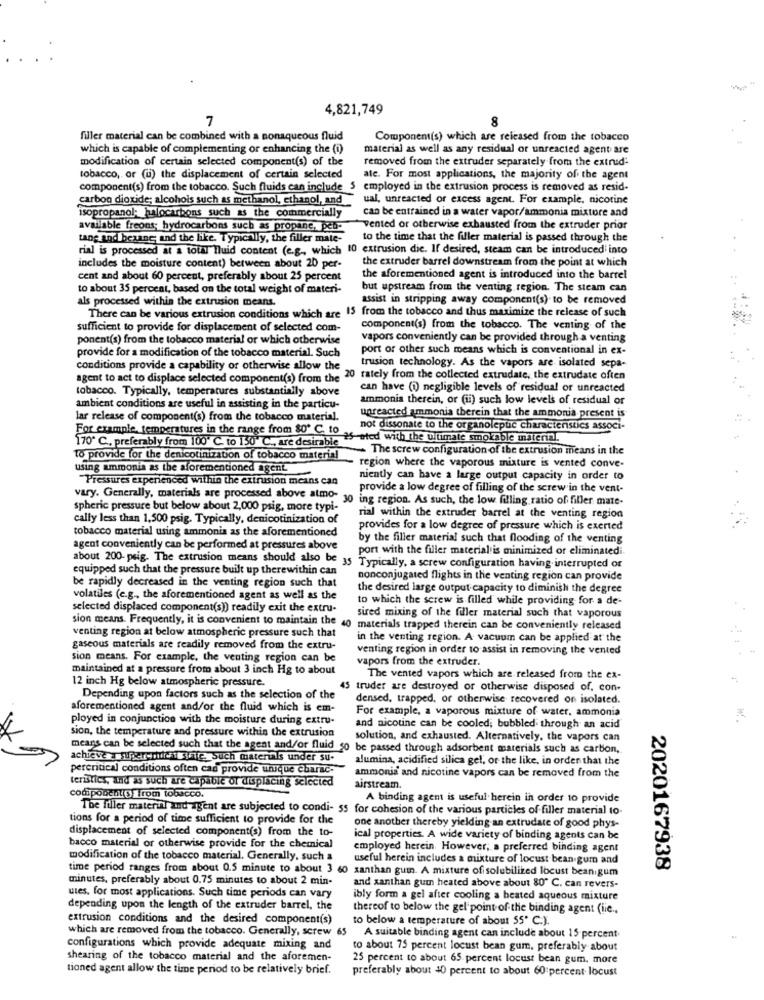
4,821,749
7
8
filler material can be combined with a nonaqueous fluid
Component(s) which are released from the tobacco
which is capable of complementing or enhancing the (i)
material as well as any residual or unreacted agent are
modification of certain selected component(s) of the
removed from the extruder separately from the extrud-
tobacco, or (u) the displacement of certain selected
ate. For most applications, the majority of the agent
component(s) from the tobacco. Such fluids can include $
employed in the extrusion process is removed as resid-
carbon dioxide; alcohols such as methanol, ethanol, and
ual, unreacted or excess agent. For example, nicotine
can be entrained in a water vapor/ammonia mixture and
isopropanol; halocarbons such as the commercially
available freons; hydrocarbons such as propane, peb-
vented or otherwise exhausted from the extruder prior
tang and bezane; and the like. Typically, the filler mate-
to the time that the filler material is passed through the
rial is processed at a total fluid content (e.g ., which 10 extrusion die. If desired, steam can be introduced into
the extruder barrel downstream from the point at which
includes the moisture content) between about 20 per-
cent and about 60 percent, preferably about 25 percent
the aforementioned agent is introduced into the barrel
to about 35 percent, based on the total weight of materi-
but upstream from the venting region. The steam can
als processed within the extrusion means.
assist in stripping away component(s) to be removed
There can be various extrusion conditions which are 15 from the tobacco and thus maximize the release of such
sufficient to provide for displacement of selected com-
component(s) from the tobacco. The venting of the
ponent(s) from the tobacco material or which otherwise
vapors conveniently can be provided through a venting
provide for a modification of the tobacco material. Such
port or other such means which is conventional in ex-
conditions provide a capability or otherwise allow the
trusion technology. As the vapors are isolated sepa-
agent to act to displace selected component(s) from the
20 rately from the collected extrudate, the extrudate often
tobacco. Typically, temperatures substantially above
can have (i) negligible levels of residual or unreacted
ammonia therein, or (ii) such low levels of residual or
ambient conditions are useful in assisting in the particu-
lar release of component(s) from the tobacco material.
unreacted ammonia therein that the ammonia present is
not dissonate to the organoleptic Characteristics associ-
For example, temperatures in the range from 80" C. 10 25 ated with the ultimate smokable material.
170 C. preferably from 100" C. to 130" C ., are desirable
The screw configuration of the extrusion means in the
to provide for the denicotinization of tobacco material
using ammonia as the aforementioned agent.
region where the vaporous mixture is vented conve-
Pressures experienced within the extrusion means can
niently can have a large output capacity in order to
provide a low degree of filling of the screw in the vent-
vary. Generally, materials are processed above atmo-
30 ing region. As such, the low filling ratio of filler mate-
spheric pressure but below about 2,000 psig, more typi-
cally less than 1,500 psig. Typically, denicotinization of
rial within the extruder barrel at the venting region
tobacco material using ammonia as the aforementioned
provides for a low degree of pressure which is exerted
by the filler material such that flooding of the venting
agent conveniently can be performed at pressures above
port with the filler material is minimized or eliminatedi.
about 200- psig. The extrusion means should also be
equipped such that the pressure built up therewithin can
Typically, a screw configuration having interrupted or
nonconjugated flights in the venting region can provide
be rapidly decreased in the venting region such that
the desired large output capacity to diminish the degree
volatiles (e.g ., the aforementioned agent as well as the
to which the screw is filled while providing for a de-
selected displaced component(s)) readily exit the extru-
sired mixing of the filler material such that vaporous
venting region at below atmospheric pressure such that
sion means. Frequently, it is convenient to maintain the 40 materials trapped therein can be conveniently released
in the venting region. A vacuum can be applied at the
gaseous materials are readily removed from the extru-
venting region in order to assist in removing the vented
sion means. For example, the venting region can be
vapors from the extruder.
maintained at a pressure from about 3 inch Hg to about
12 inch Hg below atmospheric pressure.
The vented vapors which are released from the ex-
45 truder are destroyed or otherwise disposed of, con.
Depending upon factors such as the selection of the
densed, trapped, or otherwise recovered on isolated.
aforementioned agent and/or the fluid which is em-
For example, a vaporous mixture of water, ammonia
ployed in conjunction with the moisture during extru-
sion, the temperature and pressure within the extrusion
and nicotine can be cooled; bubbled' through an acid
solution, and exhausted. Alternatively, the vapors can
means can be selected such that the agent and/or fluid 50 be passed through adsorbent materials such as carbon,
achieve a seremetkile. Such materials under su-
alumina, acidified silica gel, or the like, in order that the
percritical conditions often can provide unique charac-
ammonia and nicotine vapors can be removed from the
teristics, and as such are capable of displacing selected
airstream.
codipooch( 3) from tobacco.
A binding agem is useful herein in order to provide
The filler material and agent are subjected to condi- 55 for cohesion of the various particles of filler material to-
tions for a period of time sufficient to provide for the
displacement of selected component(s) from the to-
one another thereby yielding an extrudate of good phys-
ical properties. A wide variety of binding agents can be
bacco material or otherwise provide for the chemical
employed herein. However, a preferred binding agent
modification of the tobacco material. Generally, such a
useful herein includes a mixture of locust bean gum and
time period ranges from about 0.5 minute to about 3 60 xanthan guin. A mixture of solubiliked locust beanigum
2020167938
minutes, preferably about 0.75 minutes to about 2 min.
and xanthan gum heated above about 80" C. can revers-
utes, for most applications. Such time periods can vary
ibly form a gel after cooling a heated aqueous mixture
depending upon the length of the extruder barrel, the
thereof to below the gel point of the binding agent (iie ..
extrusion conditions and the desired component(s)
to below a temperature of about 55' C.).
which are removed from the tobacco. Generally, screw
A suitable binding agent can include about 15 percent
configurations which provide adequate mixing and
to about 75 percent locust bean gum, preferably about
shearing of the tobacco material and the aforemen-
25 percent to about 65 percent locust bean gum, more
tioned agent allow the time period to be relatively brief.
preferably about 40 percent to about 60 percent locust